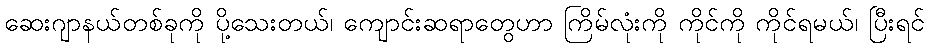
ဆေးဂျာနယ်တစ်ခုကို ပို့သေးတယ်၊ ကျောင်းဆရာတွေဟာ ကြိမ်လုံးကို ကိုင်ကို ကိုင်ရမယ်၊ ပြီးရင်